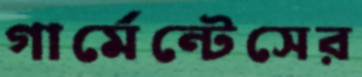
গার্মেন্টেসের